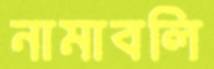
নামাবলি